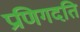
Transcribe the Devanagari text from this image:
प्रणिगदति